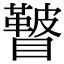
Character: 𥌕